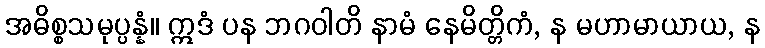
အဓိစ္စသမုပ္ပန္နံ။ ဣဒံ ပန ဘဂဝါတိ နာမံ နေမိတ္တိကံ, န မဟာမာယာယ, န